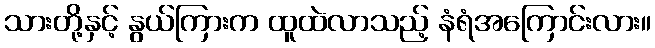
သားတို့နှင့် နွယ်ကြားက ထူထဲလာသည့် နံရံအကြောင်းလား။